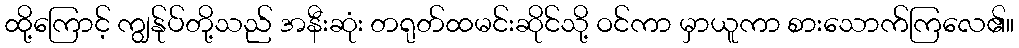
ထို့ကြောင့် ကျွန်ုပ်တို့သည် အနီးဆုံး တရုတ်ထမင်းဆိုင်သို့ ဝင်ကာ မှာယူကာ စားသောက်ကြလေ၏။